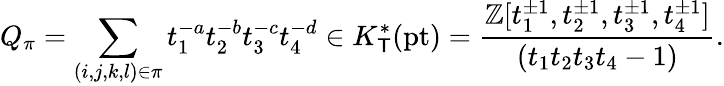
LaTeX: Q_{\pi}=\sum_{(i,j,k,l)\in\pi}t_{1}^{-a}t_{2}^{-b}t_{3}^{-c}t_{4}^{-d}\in K_{\mathsf{T}}^{*}(\mathrm{pt})=\frac{\mathbb{Z}[t_{1}^{\pm 1},t_{2}^{\pm 1},t_{3}^{\pm 1},t_{4}^{\pm 1}]}{(t_{1}t_{2}t_{3}t_{4}-1)}.